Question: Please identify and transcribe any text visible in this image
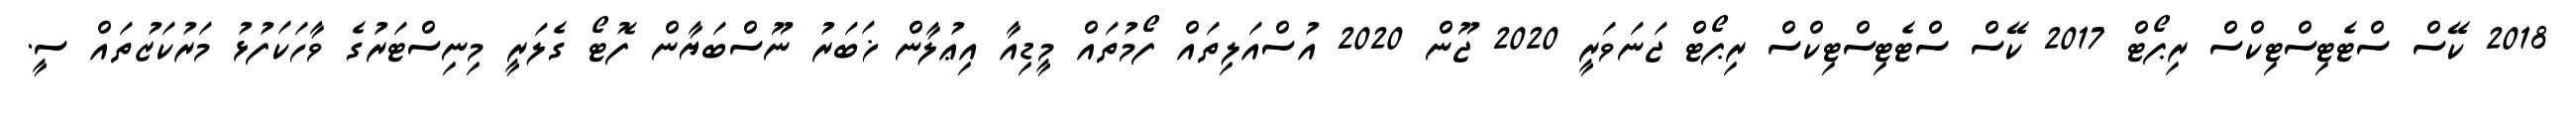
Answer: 2018 ކޭސް ސްޓެޓިސްޓިކްސް ރިޕޯޓް 2017 ކޭސް ސްޓެޓިސްޓިކްސް ރިޕޯޓް ޖަނަވަރީ 2020 ޖޫން 2020 އުސްއަލިތައް ފޯމުތައް މީޑިއާ އިޢުލާން ޚަބަރު ނޫސްބަޔާން ފޮޓޯ ގެލަރީ މިނިސްޓަރުގެ ވާހަކަފުޅު މަރުކަޒުތައް ސީ.